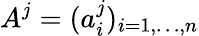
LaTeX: A^{j}=(a_{i}^{j})_{i=1,\dots,n}